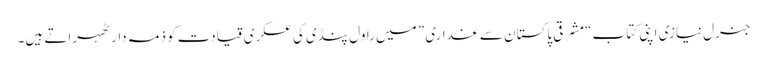
جنرل نیازی اپنی کتاب “مشرقی پاکستان سے غداری” میں راول پنڈی کی عسکری قیادت کو ذمہ دار ٹھہراتے ہیں۔